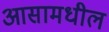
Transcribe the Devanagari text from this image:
आसामधील